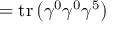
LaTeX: = \operatorname { t r } \left( \gamma ^ { 0 } \gamma ^ { 0 } \gamma ^ { 5 } \right)